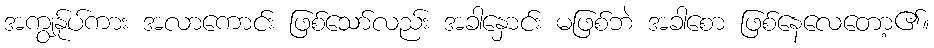
အကျွန်ုပ်ကား အလာကောင်း ဖြစ်သော်လည်း အခါနှောင်း မဖြစ်ဘဲ အခါစော ဖြစ်နေလေတော့၏။